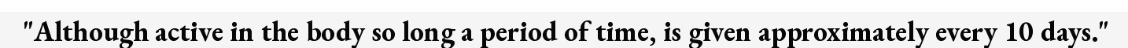
"Although active in the body so long a period of time, is given approximately every 10 days."